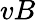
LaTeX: vB